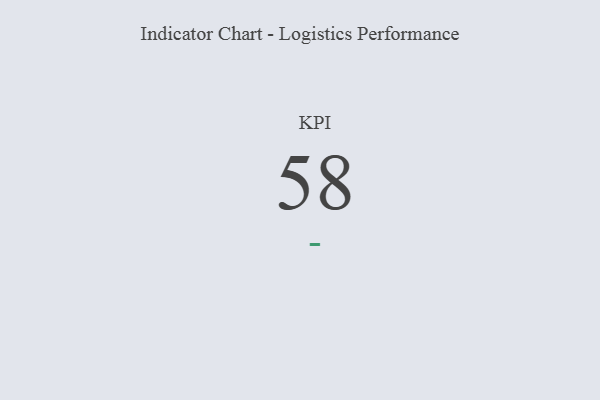
{"axis": {"x": "KPI", "y": "Value"}, "legend": [""], "data": [{"x": "KPI", "y": 58, "type": ""}]}